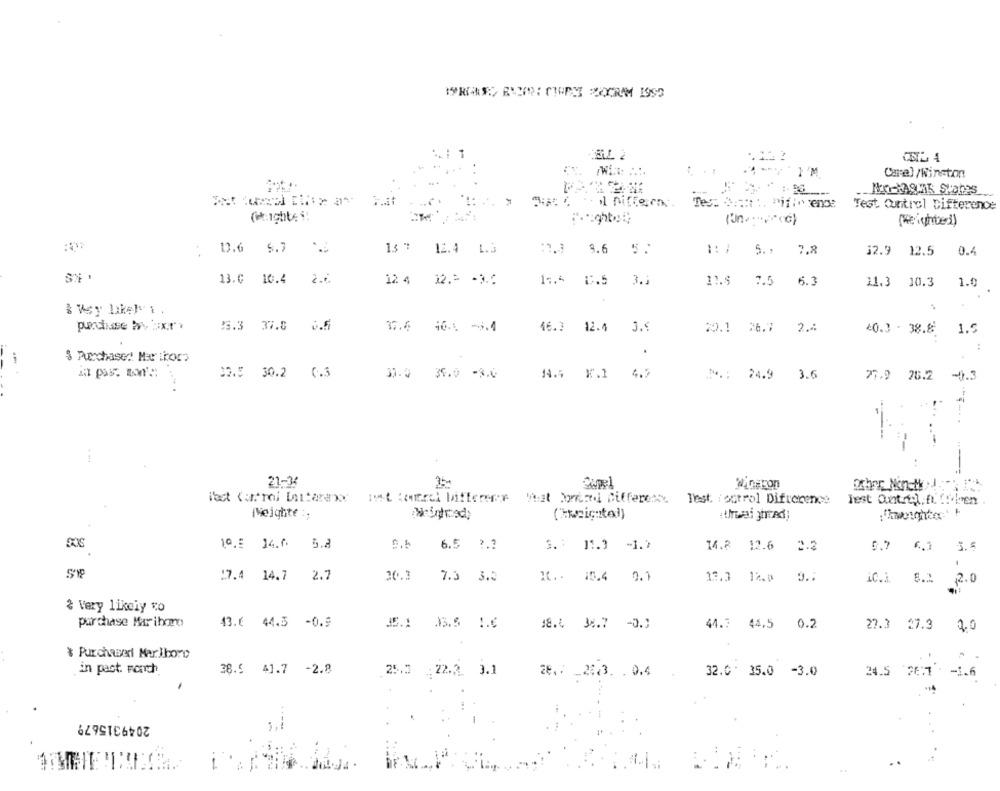
I'M
Coral /Winston
Tes: :::: :. miEinenDe
Test Control Difference
(weights !
: 1.6 6.7
13 %
12.4 L.3
9.6 5.
1: 7 5 ..
7.8
12.9 12.5
0.4
13.0 10.4
2.0
12 4
12 .= - 3.0
14.4
0.5
3.1
11.5
7.5 6.3
11.3 10.3
1.0
25.3 37.8
3.5
37.6 46.1 -9.4
46.3 12.4
3.
2.
40.3 . 38.8
1.5
:
& Purchased! Mer Ikor>
33.5 30.2
0.3
31.0 39.0 -8.0
1.4 K.1
4.5
24.9
3.6
77.9 26.2
-4.3
21-34
Capel
Other Non-Med.
Test (ontrol Difference
Test Ountrt. fr. fr.ben
(weigntel)
Weighte ;
10.º 14.6
5.8
6.5 ?.?
S. : 11.3 -1.7
14.8 12.6 2.2
0.7 6.0 5.5
.
17.4
14.7
2.7
20.3
7.3 3.3
10 .. 10.4
0.1
9.
13.3 12.0
iC.i
8.2 2.0
2 Very likely vo
purchase Marihomo
43.6 44.3 -0.9
35.1
13.5 1.6
18.4 34.7 -0.3
44.7 44,5 0.2
27.3
27.3
20
* Purchased Marlboro
in past. Fonch
38.5 41.7 -2.8
25.3 :22.2. 3.1
28 .: _ 22.3. . 0.4
24.5 26.1
32.0 . 35.0 -3.0
2049315679
.-